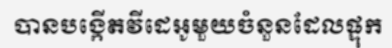
បានបង្កើតវីដេអូមួយចំនួនដែលផ្ទុក